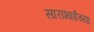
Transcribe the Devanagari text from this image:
साराभाईंच्या